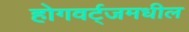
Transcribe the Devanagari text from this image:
होगवर्ट्‌जमधील